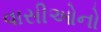
વાસીઓનો